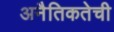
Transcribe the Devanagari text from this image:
अनैतिकतेची